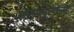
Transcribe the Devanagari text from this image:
आकाशमुत्पन्नम्‌